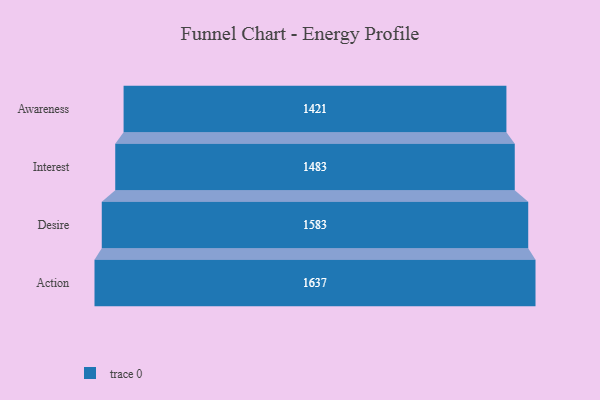
{"axis": {"x": "Stage", "y": "Value"}, "legend": [""], "data": [{"x": "Awareness", "y": 1421.0, "type": ""}, {"x": "Interest", "y": 1483.0, "type": ""}, {"x": "Desire", "y": 1583.0, "type": ""}, {"x": "Action", "y": 1637.0, "type": ""}]}